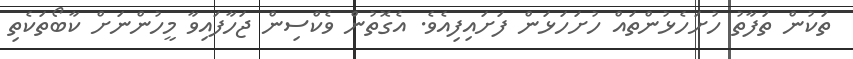
ތަކުން ތަފާތު ހުށަހެޅުންތައް ހުށަހަޅަން ފަށައިފިއެވެ. އެގޮތުން ވެކްސިން ޖަހާފައިވާ މީހުންނަށް ކާބޯތަކެތި